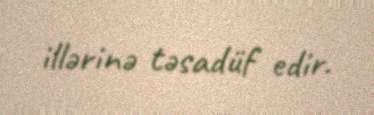
illərinə təsadüf edir.